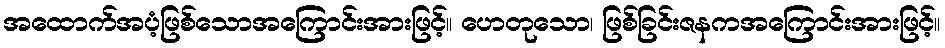
အထောက်အပံ့ဖြစ်သောအကြောင်းအားဖြင့်။ ဟေတုသော၊ ဖြစ်ခြင်းဇနကအကြောင်းအားဖြင့်။